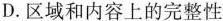
D.区域和内容上的完整性